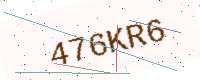
Text: 476KR6